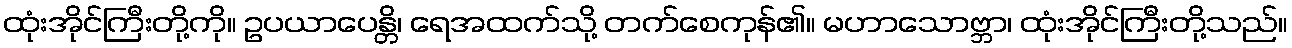
ထုံးအိုင်ကြီးတို့ကို။ ဥပယာပေန္တိ၊ ရေအထက်သို့ တက်စေကုန်၏။ မဟာသောဗ္ဘာ၊ ထုံးအိုင်ကြီးတို့သည်။